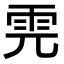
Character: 𩂁